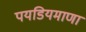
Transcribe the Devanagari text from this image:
पयडियमाणा